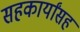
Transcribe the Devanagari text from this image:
सहकार्यांसह